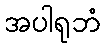
အပါရုဘံ